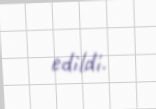
edildi.